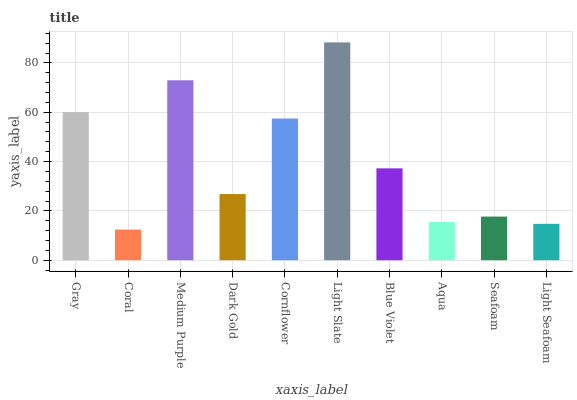
| xaxis_label | bars |
 | --- | --- |
 | Gray | 60.1 |
 | Coral | 12.4 |
 | Medium Purple | 72.9 |
 | Dark Gold | 26.8 |
 | Cornflower | 57.4 |
 | Light Slate | 88.3 |
 | Blue Violet | 37.2 |
 | Aqua | 15.5 |
 | Seafoam | 17.7 |
 | Light Seafoam | 14.8 |